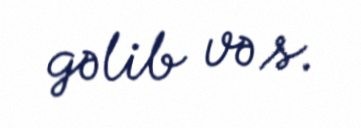
gəlib və s.